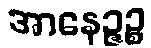
အာနေဉ္ဇဉ္စ